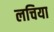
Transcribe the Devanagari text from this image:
लचिया